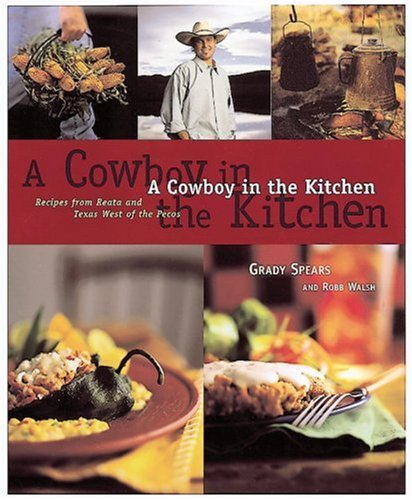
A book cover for A Cowboy in the Kitchen: Recipes from Reata and Texas West of the Pecos; Grady Spears; Cookbooks, Food & Wine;